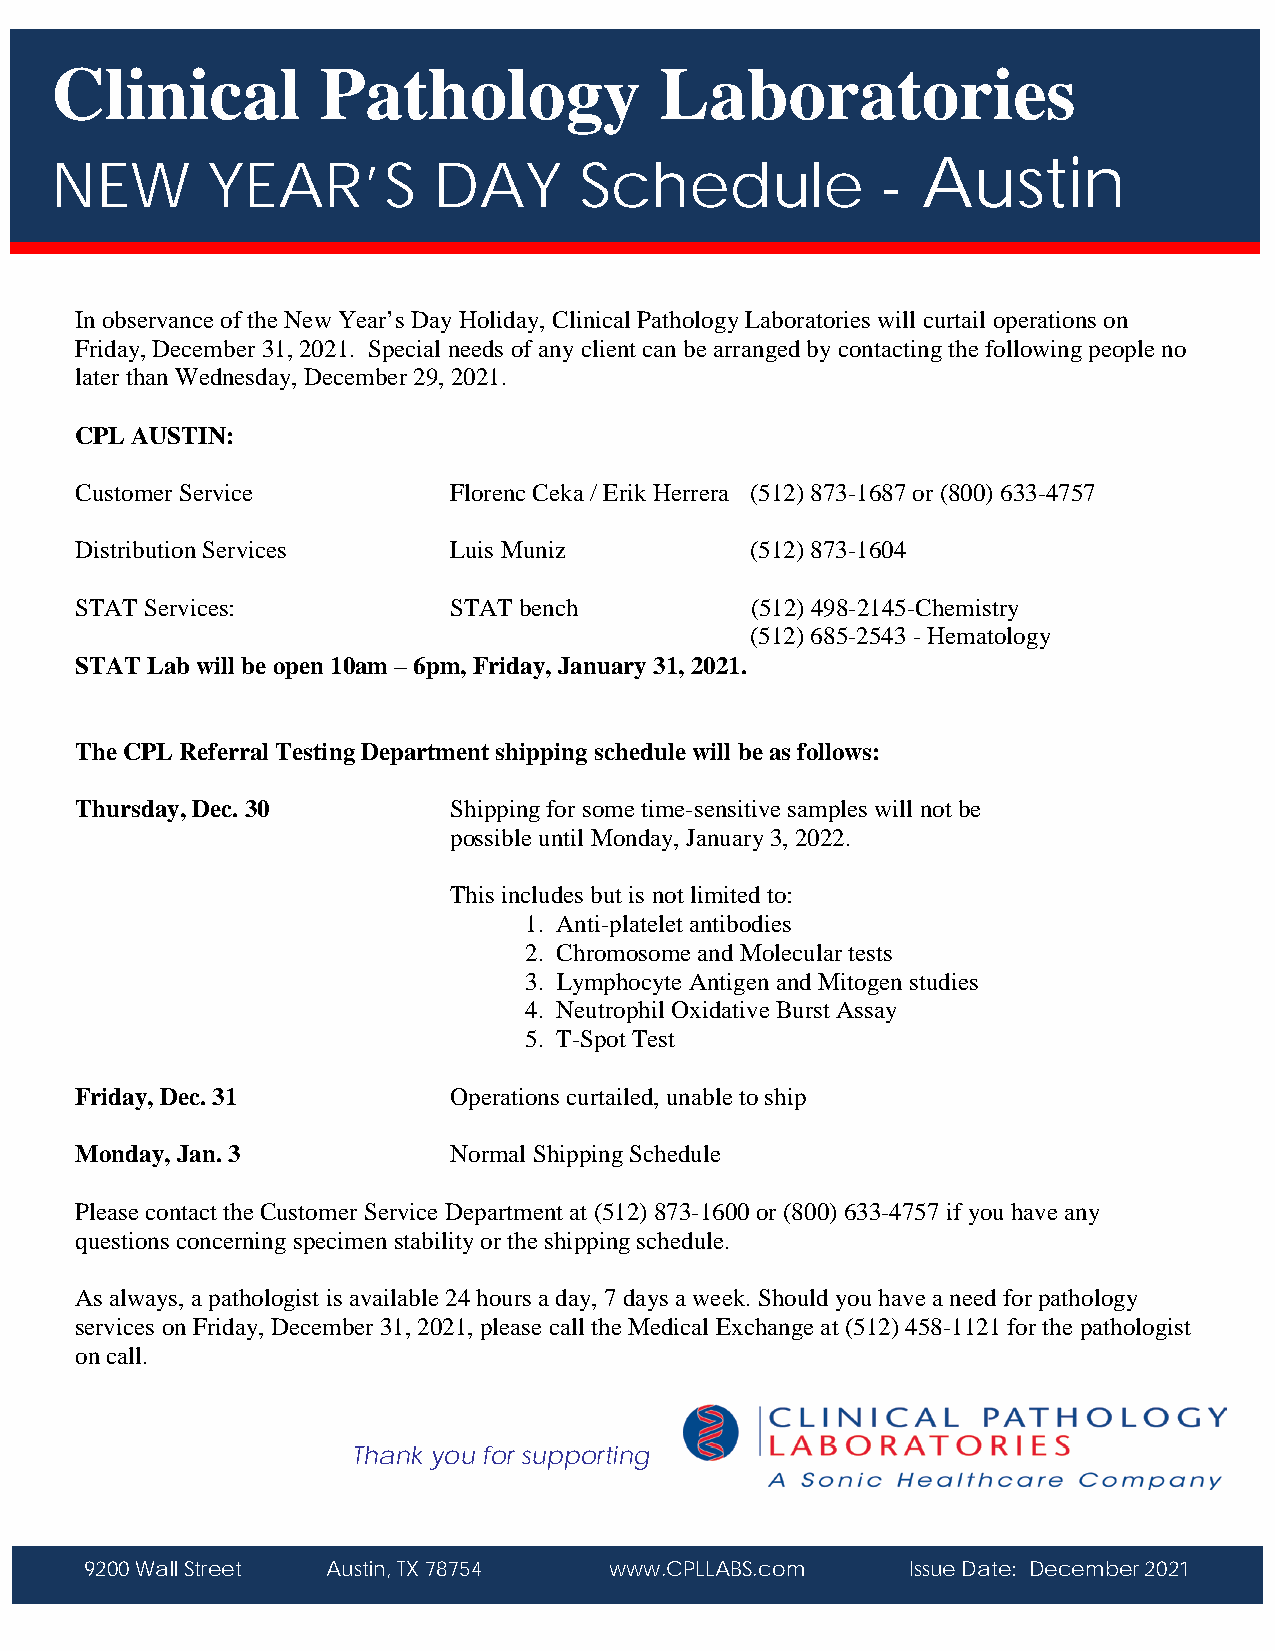
Clinical          Pathology              Laboratories
 N  EW      YEAR’S         DAY      Schedule            -  Austin
 In observance of the New Year’s Day Holiday, Clinical Pathology Laboratories will curtail operations on
 Friday, December 31, 2021. Special needs of any client can be arranged by contacting the following people no
 later than Wednesday, December 29, 2021.
 CPL AUSTIN:
 Customer Service         Florenc Ceka / Erik Herrera (512) 873-1687 or (800) 633-4757
 Distribution Services    Luis Muniz          (512) 873-1604
 STAT Services:           STAT bench          (512) 498-2145-Chemistry
 (512) 685-2543 - Hematology
 STAT Lab will be open 10am – 6pm, Friday, January 31, 2021.
 The CPL Referral Testing Department shipping schedule will be as follows:
 Thursday, Dec. 30        Shipping for some time-sensitive samples will not be
 possible until Monday, January 3, 2022.
 This includes but is not limited to:
 1. Anti-platelet antibodies
 2. Chromosome and Molecular tests
 3. Lymphocyte Antigen and Mitogen studies
 4. Neutrophil Oxidative Burst Assay
 5. T-Spot Test
 Friday, Dec. 31          Operations curtailed, unable to ship
 Monday, Jan. 3           Normal Shipping Schedule
 Please contact the Customer Service Department at (512) 873-1600 or (800) 633-4757 if you have any
 questions concerning specimen stability or the shipping schedule.
 As always, a pathologist is available 24 hours a day, 7 days a week. Should you have a need for pathology
 services on Friday, December 31, 2021, please call the Medical Exchange at (512) 458-1121 for the pathologist
 on call.
 Thank you for supporting
 9200 Wall Street Austin, TX 78754 www.CPLLABS.com     Issue Date: December 2021